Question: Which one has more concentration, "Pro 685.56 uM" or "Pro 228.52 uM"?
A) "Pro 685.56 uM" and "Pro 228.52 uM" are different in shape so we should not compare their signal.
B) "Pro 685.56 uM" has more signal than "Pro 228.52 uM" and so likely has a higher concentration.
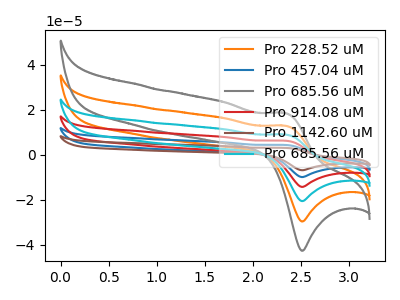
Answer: <think>The orange curve "Pro 228.52 uM" has an anodic peak at (2.35V, 12.85uA) and a cathodic peak at (2.50V, -29.70uA). The blue curve "Pro 457.04 uM" has an anodic peak at (2.35V, 51.35uA) and a cathodic peak at (2.50V, -118.70uA). The gray curve "Pro 685.56 uM" has an anodic peak at (2.35V, 18.45uA) and a cathodic peak at (2.50V, -42.70uA). The red curve "Pro 914.08 uM" has an anodic peak at (2.35V, 38.50uA) and a cathodic peak at (2.50V, -89.05uA). The brown curve "Pro 1142.60 uM" has an anodic peak at (2.35V, 64.15uA) and a cathodic peak at (2.50V, -148.40uA). The cyan curve "Pro 685.56 uM" has an anodic peak at (2.35V, 25.65uA) and a cathodic peak at (2.50V, -59.35uA).
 All the peaks in "Pro 685.56 uM" have a peak in "Pro 228.52 uM" at the same potential. Every peak in "Pro 685.56 uM" is higher than every peak in "Pro 228.52 uM".</think>
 <answer>B) "Pro 685.56 uM" has more signal than "Pro 228.52 uM" and so likely has a higher concentration.</answer>
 <eval>B</eval>